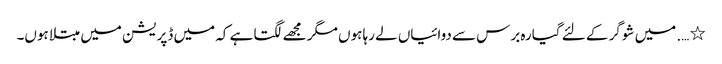
٭ …. میں شوگر کے لئے گیارہ برس سے دوائیاں لے رہا ہوں مگر مجھے لگتا ہے کہ میں ڈپریشن میں مبتلاہوں۔